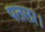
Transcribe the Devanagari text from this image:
पतला।